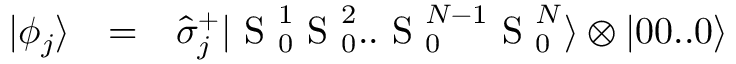
\begin{array} { c c l } { | \phi _ { j } \rangle } & { = } & { \hat { \sigma } _ { j } ^ { + } | \mathrm { ~ S ~ } _ { 0 } ^ { 1 } \mathrm { ~ S ~ } _ { 0 } ^ { 2 } . . \mathrm { ~ S ~ } _ { 0 } ^ { N - 1 } \mathrm { ~ S ~ } _ { 0 } ^ { N } \rangle \otimes | 0 0 . . 0 \rangle } \end{array}